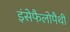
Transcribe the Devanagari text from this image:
इंसेफैलोपैथी